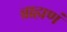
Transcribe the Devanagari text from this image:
ब्राह्मणं